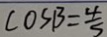
\cos B = \frac { 4 } { 5 }